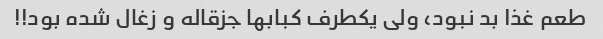
طعم غذا بد نبود، ولی یکطرف کبابها جزقاله و زغال شده بود!!